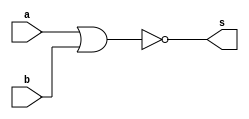
// ------------------------- 
// Exercicio 01 - 02
// Nome: Lorena Danielle Gonalves Bento 
// ------------------------- 
// ------------------------- 
// -- nor  gate 
// -------------------------  
module norgate (output s, input a, input b); 
assign s = (~(a|b)) ; // criar vinculo permanente 
// (dependencia) 
endmodule // norgate 
// --------------------- 
// -- test nor  gate 
// --------------------- 
module testnorgate; 
// ------------------------- dados locais 
reg a, b; // definir registrador 
// (variavel independente) 
wire s; // definir conexao (fio) 
// (variavel dependente )
// ------------------------- instancia 
norgate NOR1 (s, a, b); 
// ------------------------- preparacao 
initial begin:start 
a=0;b=0; 
end 
// ------------------------- parte principal 
initial begin:main 
$monitor("Exercicio01 - Lorena Danielle Gonalves Bento - 435049"); 
$monitor("Test nor gate"); 
$monitor("\n (~(a|b)) = s\n"); 
$monitor("%b & %b = %b", a, b, s); 
a=0; b=0;
#1 $monitor("%b & %b = %b", a, b, s); 
a=0;b=1;
#1 $monitor("%b & %b = %b", a, b, s);  
a=1;b=0; 
#1 $monitor("%b & %b = %b", a, b, s); 
a=1;b=1; 
#1 $monitor("%b & %b = %b", a, b, s); 
end 
endmodule // testnandgate